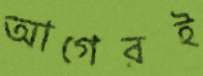
আগেরই